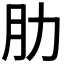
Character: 肋